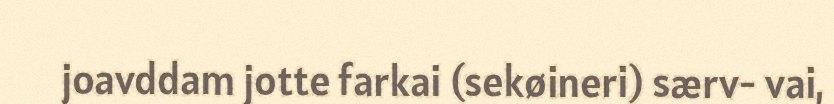
joavddam jotte farkai (sekøineri) særv- vai,